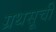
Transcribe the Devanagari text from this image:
ग्रथसूची